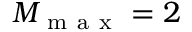
M _ { \mathrm { ~ m ~ a ~ x ~ } } = 2